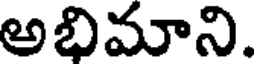
అభిమాని.